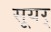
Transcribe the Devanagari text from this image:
सूयर्